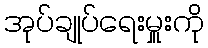
အုပ်ချုပ်ရေးမှူးကို